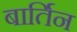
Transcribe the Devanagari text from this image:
बार्तिन